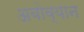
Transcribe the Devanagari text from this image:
अबोव्यान